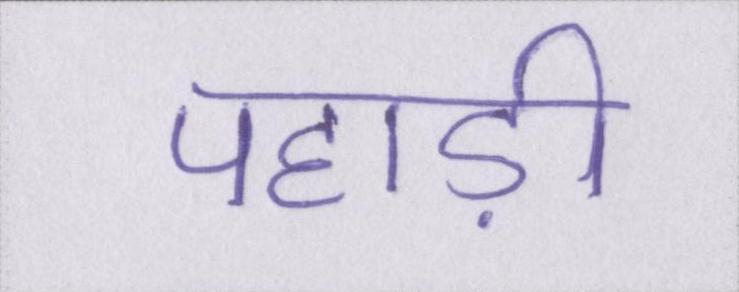
पहाड़ी